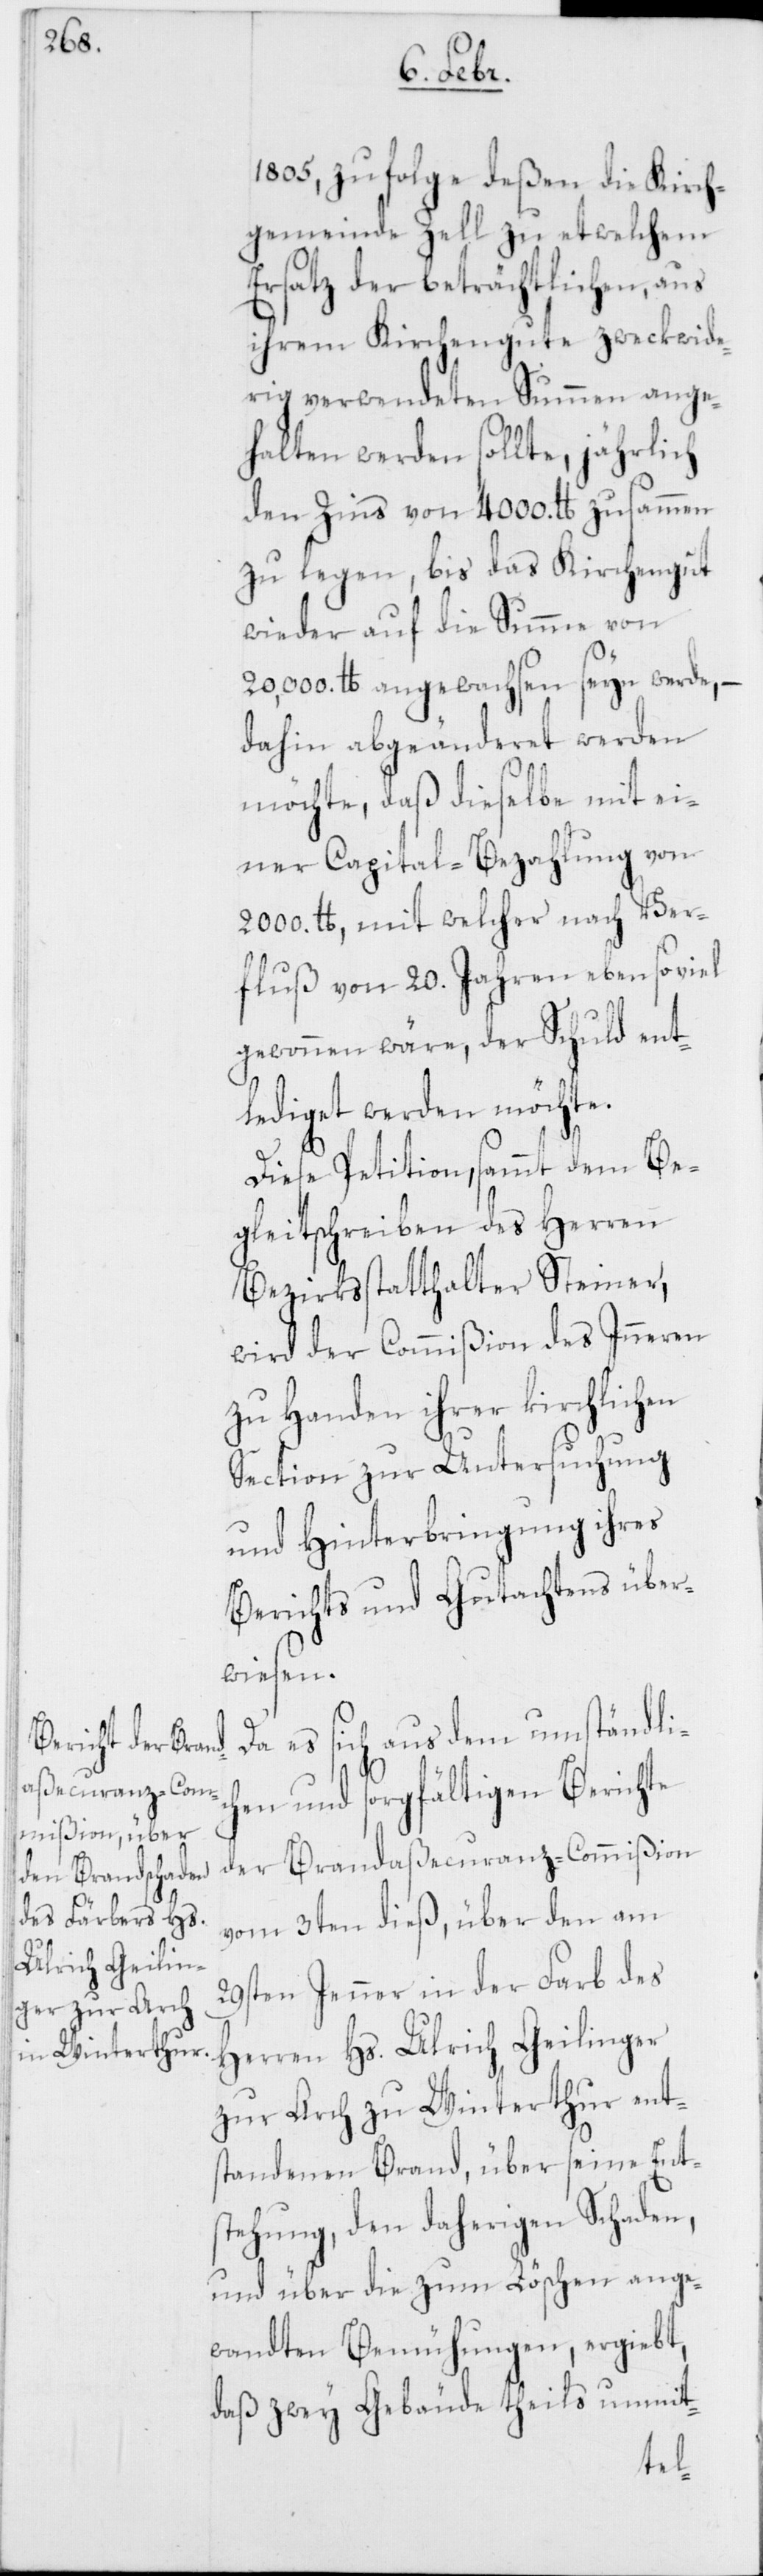
1805, zu folge deßen die Kirch¬
gemeinde Zell zu etwelchem
Ersatz der beträchtlichen, aus
ihrem Kirchengute zweckwide¬
rig verwendeten Summen ange¬
halten werden sollte, jährlich
den Zins von 4000. Pfund zusammen
zu legen, bis das Kirchengut
wieder auf die Summe von
20,000. Pfund angewachsen seyn werde, –
dahin abgeänderet werden
möchte, daß dieselbe mit ei¬
ner Capital-Bezahlung von
2000. Pfund, mit welcher nach Ver¬
fluß von 20. Jahren ebensoviel
gewonnen wäre, der Schuld ent¬
lediget werden möchte.
Diese Petition, sammt dem Be¬
gleitschreiben des Herren
Bezirksstatthalter Steiner,
wird der Commißion des Inneren
zu Handen ihrer kirchlichen
Section zur Untersuchung
und Hinterbringung ihres
Berichts und Gutachtens über¬
wiesen.
Da es sich aus dem umständlic¬
hen und sorgfältigen Berichte
der Brandaßecuranz-Commißion
vom 3ten dieß, über den am
20sten Jenner in der Farb des
Herren Hs. Ulrich Geilinger
zur Arch zu Winterthur ent¬
standenen Brand, über seine Ent¬
stehung, den daherigen Schaden,
und über die zum Löschen ange¬
wandten Bemühungen, ergiebt,
daß zwey Gebäude theils unmit-